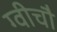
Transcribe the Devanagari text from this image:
ग्वीचौ